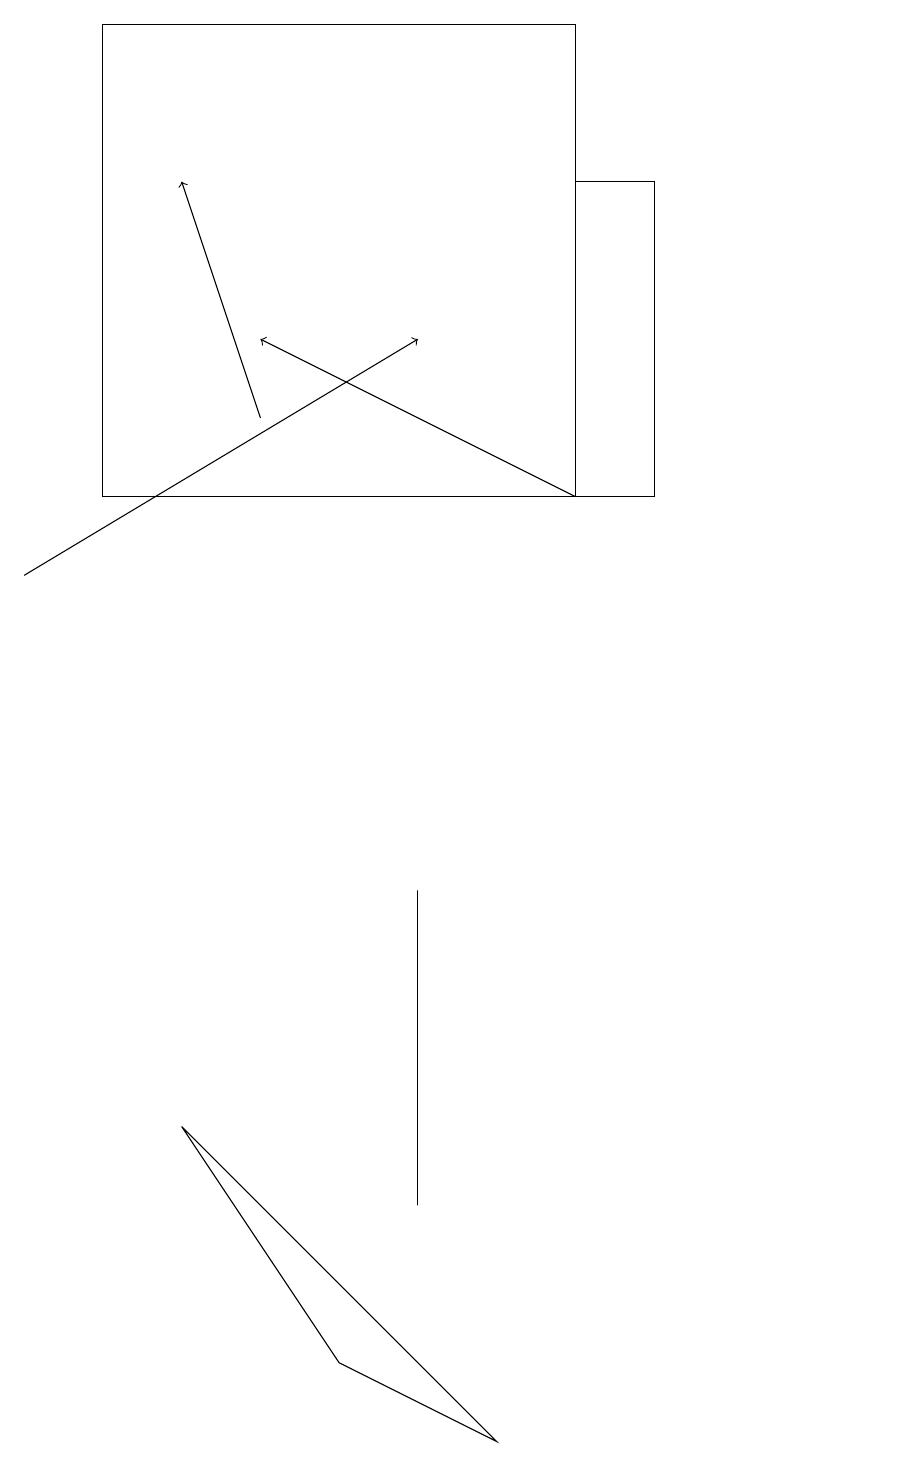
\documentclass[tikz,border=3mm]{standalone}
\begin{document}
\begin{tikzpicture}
\draw (2,5) -- (6,1) -- (4,2) -- cycle;
\draw (5,5) -- (5,4) -- (5,8) -- cycle;
\draw (8,17) rectangle (7,13);
\draw[->] (7,13) -- (3,15);
\draw (1,19) rectangle (7,13);
\draw (11,12) circle (0);
\draw[->] (0,12) -- (5,15);
\draw[->] (3,14) -- (2,17);
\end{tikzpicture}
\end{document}